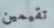
تقيمين